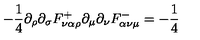
- { \frac { 1 } { 4 } } \partial _ { \rho } \partial _ { \sigma } F _ { \nu \alpha \rho } ^ { + } \partial _ { \mu } \partial _ { \nu } F _ { \alpha \nu \mu } ^ { - } = - { \frac { 1 } { 4 } }